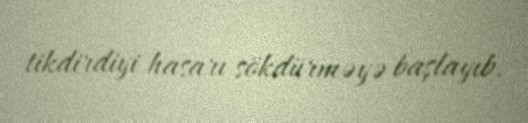
tikdirdiyi hasarı sökdürməyə başlayıb.